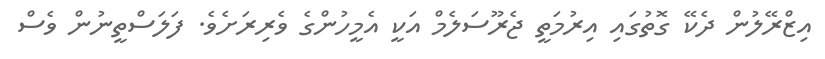
އިޒްރޭލުން ދެކޭ ގޮތުގައި އިރުމަތީ ޖެރޫސަލެމް އަކީ އެމީހުންގެ ވެރިރަށެވެ. ފަލަސްތީނުން ވެސް